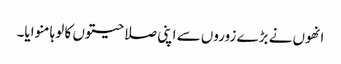
انھوں نے بڑے زوروں سے اپنی صلاحیتوں کا لوہا منوایا۔